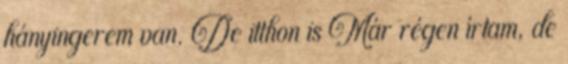
hányingerem van. De itthon is Már régen írtam, de